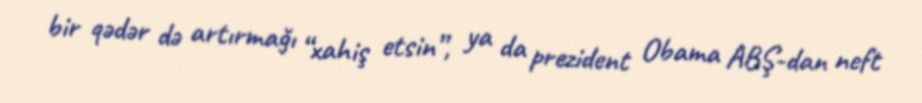
bir qədər də artırmağı “xahiş etsin”, ya da prezident Obama ABŞ-dan neft